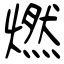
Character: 燃